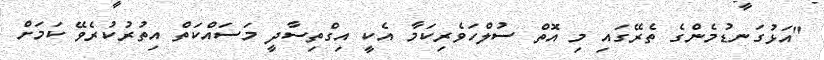
"އަޅުގަނޑުމެންގެ ތެރޭގައި މި އޮތް ސުލްހަވެރިކަމާ އެކީ އިގްތިސާދީ މަސައްކަތް އިތުރުކުރެވޭ ކަމަށް